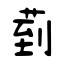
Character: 菿